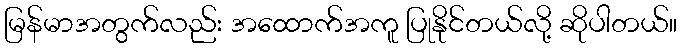
မြန်မာအတွက်လည်း အထောက်အကူ ပြုနိုင်တယ်လို့ ဆိုပါတယ်။